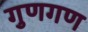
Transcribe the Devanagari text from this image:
गुणगण